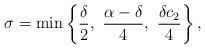
LaTeX: \begin{align*}\sigma = \min \left \{ {\frac {\delta}2}, \ {\frac {\alpha-\delta}4}, \ {\frac {\delta c_2}4} \right \}, \end{align*}